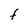
Character: F